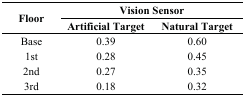
| <ROWSPAN=2> Floor | <COLSPAN=2> Vision Sensor |
 | Artificial Target | Natural Target |
 | --- | --- | --- |
 | Base | 0.39 | 0.60 |
 | 1st | 0.28 | 0.45 |
 | 2nd | 0.27 | 0.35 |
 | 3rd | 0.18 | 0.32 |